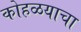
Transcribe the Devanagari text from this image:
कोहळयाचा